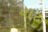
યાર